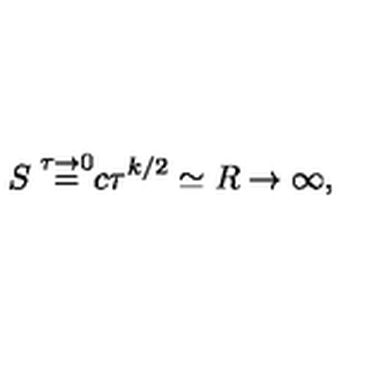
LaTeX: \frac { S \buildrel { \tau \to 0 } } { = c \tau ^ { k / 2 } \simeq R \to \infty , }